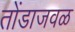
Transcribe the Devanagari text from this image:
तोंडाजवळ